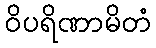
ဝိပရိဏာမိတံ